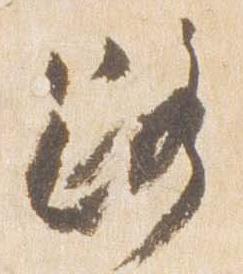
路